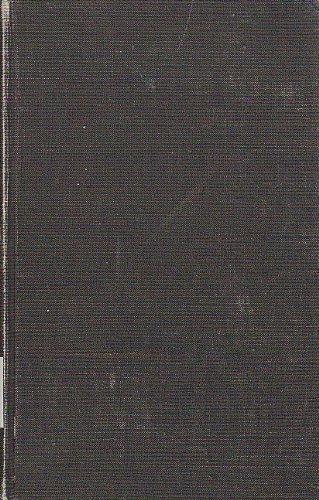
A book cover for The War in the Yemen; Edgar O'Ballance; History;